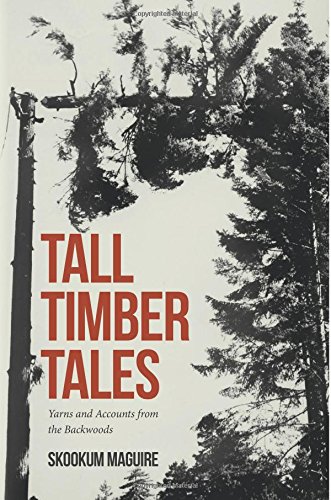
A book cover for Tall Timber Tales: Yarns and Accounts from the Backwoods; Skookum Maguire; Literature & Fiction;